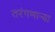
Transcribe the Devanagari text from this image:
तरंगणाऱ्या